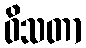
ဝိသတာ